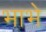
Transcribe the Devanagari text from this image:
भाभे